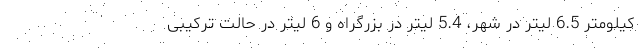
کیلومتر 6.5 لیتر در شهر، 5.4 لیتر در بزرگراه و 6 لیتر در حالت ترکیبی